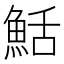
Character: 𬵏